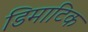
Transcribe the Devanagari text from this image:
डिमाटिक